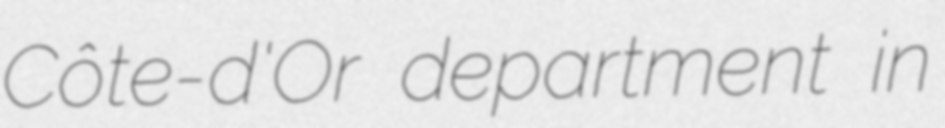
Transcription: Côte-d'Or department in